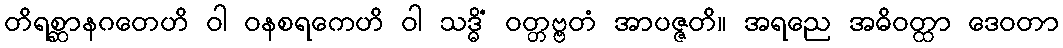
တိရစ္ဆာနဂတေဟိ ဝါ ဝနစရကေဟိ ဝါ သဒ္ဓိံ ဝတ္တဗ္ဗတံ အာပဇ္ဇတိ။ အရညေ အဓိဝတ္ထာ ဒေဝတာ